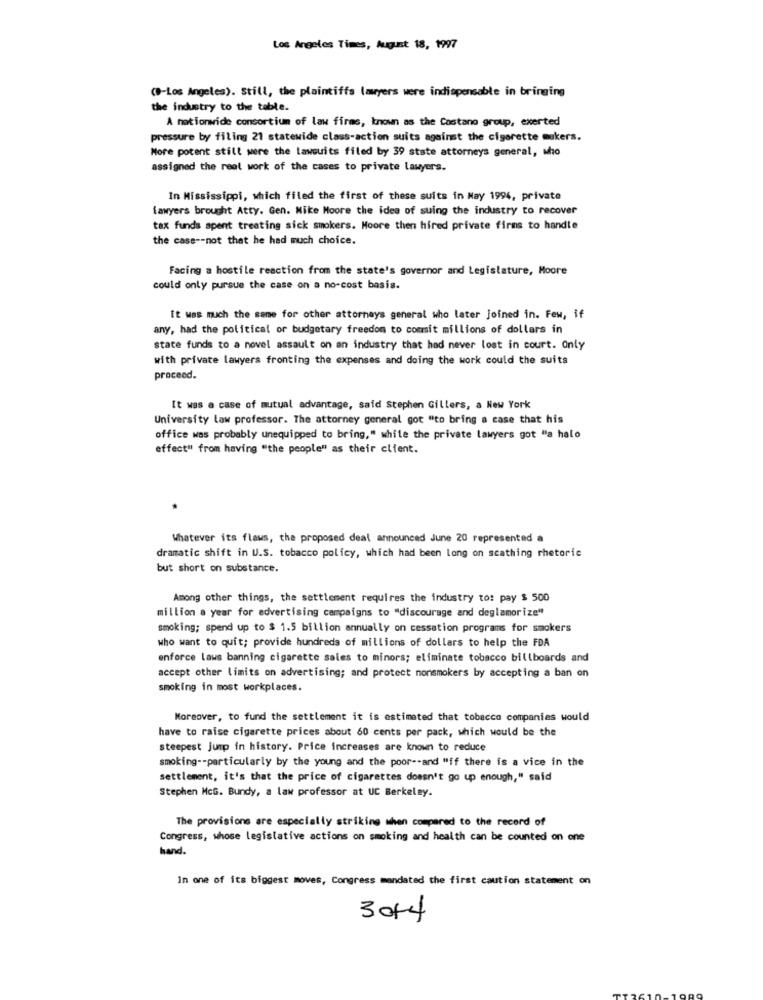
Los Angeles Times, August 18, 1997
(B-Los Angeles). Still, the plaintiffs lawyers were indispensable in bringing
the industry to the table.
A nationwide consortium of law firms, known as the Costano group, exerted
pressure by filing 21 statewide class-action suits against the cigarette makers.
More potent still were the lawsuits filed by 39 state attorneys general, who
assigned the real work of the cases to private lawyers.
In Mississippi, which filed the first of these suits in May 1994, private
lawyers brought Atty. Gen. Mike Moore the idea of suing the industry to recover
tax funds spent treating sick smokers. Moore then hired private firms to handle
the case -- not that he had much choice.
Facing a hostile reaction from the state's governor and Legislature, Moore
could only pursue the case on a no-cost basis.
It was much the same for other attorneys general who later Joined in. Few, if
any, had the political or budgetary freedom to comit millions of dollars in
state funds to a novel assault on an industry that had never lost in court. Only
with private lawyers fronting the expenses and doing the work could the suits
proceed.
It was a case of mutual advantage, said Stephen Gillers, a New York
University low professor. The attorney general got "to bring a case that his
office was probably unequipped to bring," while the private lawyers got "a halo
effect" from having "the people" as their client.
Whatever its flaws, the proposed deal announced June 20 represented a
dramatic shift in U.S. tobacco policy, which had been long on scathing rhetoric
but short on substance.
Among other things, the settlement requires the industry to: pay $ 500
million a year for advertising campaigns to "discourage and deglamorize"
smoking; spend up to $ 1.5 billion annually on cessation programs for smokers
who want to quit; provide hundreds of millions of dollars to help the FDA
enforce laws banning cigarette sales to minors; eliminate tobacco billboards and
accept other limits on advertising; and protect nonsmokers by accepting a ban on
smoking in most workplaces.
Moreover, to fund the settlement it is estimated that tobacco companies would
have to raise cigarette prices about 60 cents per pack, which would be the
steepest jump in history. Price increases are known to reduce
smoking -- particularly by the young and the poor -- and "if there is a vice in the
settlement, it's that the price of cigarettes doesn't go up enough," said
Stephen McG. Bundy, a law professor at UC Berkeley.
The provisions are especially striking when compared to the record of
Congress, whose legislative actions on smoking and health can be counted on one
hand.
in one of its biggest moves, Congress mandated the first caution statement on
3014